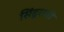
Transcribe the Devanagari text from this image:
सिंदूराची